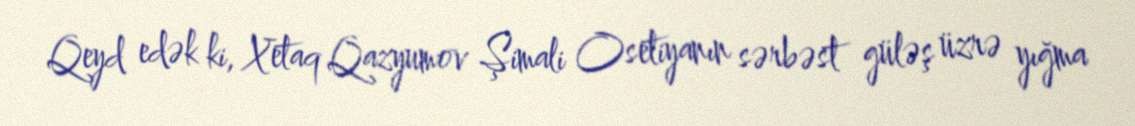
Qeyd edək ki, Xetaq Qazyumov Şimali Osetiyanın sərbəst güləş üzrə yığma